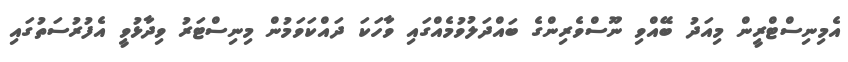
އެމިނިސްޓްރީން މިއަދު ބޭއްވި ނޫސްވެރިންގެ ބައްދަލުވުމެއްގައި ވާހަކަ ދައްކަވަމުން މިނިސްޓަރު ވިދާޅުވީ އެފުރުސަތުގައި